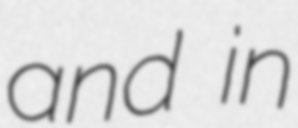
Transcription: and in